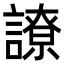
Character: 䜍